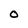
Character: 0